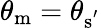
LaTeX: \theta_{\mathrm{{m}}}=\theta_{\mathrm{{s}^{'}}}